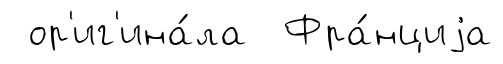
ор'иг'ина́ла Фра́нциjа